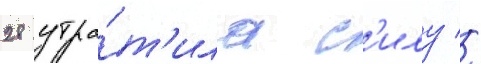
28 утра́т'ила с'илу //